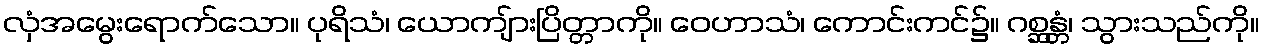
လှံအမွေးရောက်သော။ ပုရိသံ၊ ယောကျ်ားပြိတ္တာကို။ ဝေဟာသံ၊ ကောင်းကင်၌။ ဂစ္ဆန္တံ၊ သွားသည်ကို။